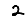
Digit: 2